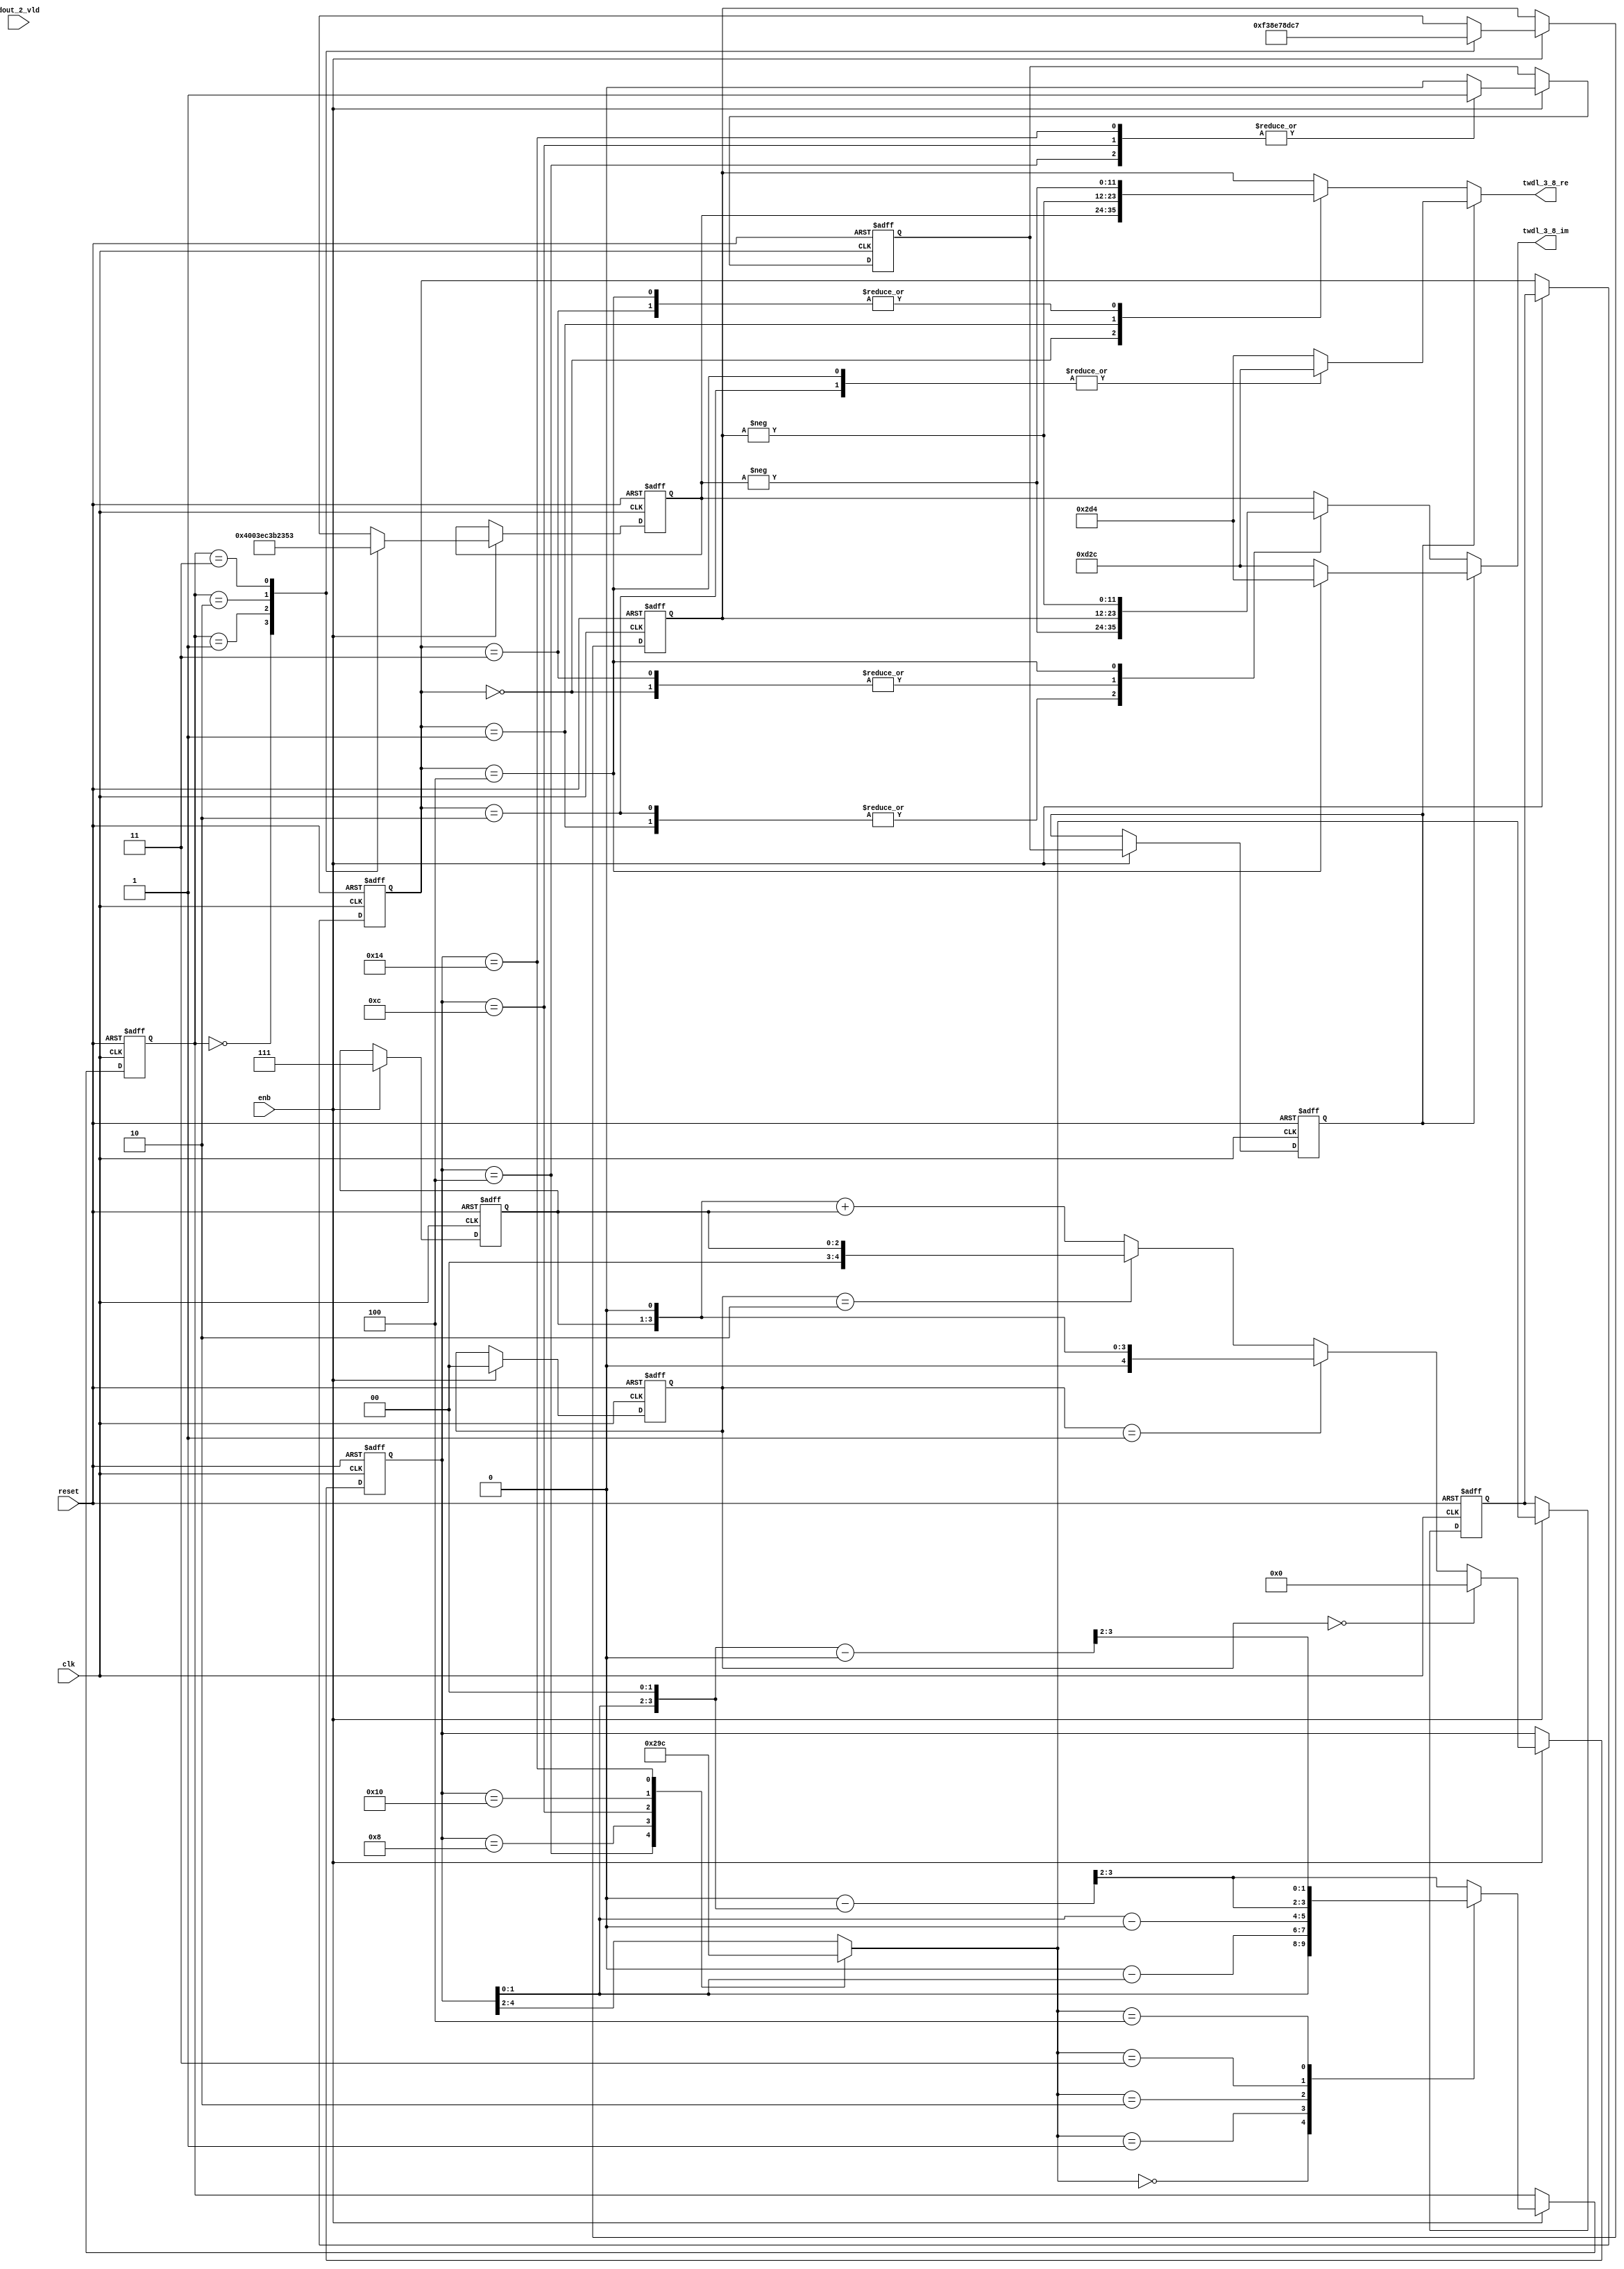
// -------------------------------------------------------------
// 
// 
// Generated by MATLAB 9.14 and HDL Coder 4.1
// 
// -------------------------------------------------------------


// -------------------------------------------------------------
// 
// Module: TWDLROM_3_8
// Source Path: RSP/RSP/Velocity Processor/Doppler Processing/Doppler Processor/FFT/TWDLROM_3_8
// Hierarchy Level: 5
// 
// -------------------------------------------------------------

`timescale 1 ns / 1 ns

module TWDLROM_3_8
          (clk,
           reset,
           enb,
           dout_2_vld,
           twdl_3_8_re,
           twdl_3_8_im);


  input   clk;
  input   reset;
  input   enb;
  input   dout_2_vld;
  output  signed [11:0] twdl_3_8_re;  // sfix12_En10
  output  signed [11:0] twdl_3_8_im;  // sfix12_En10


  reg [2:0] Radix22TwdlMapping_cnt;  // ufix3
  reg [1:0] Radix22TwdlMapping_phase;  // ufix2
  reg [2:0] Radix22TwdlMapping_octantReg1;  // ufix3
  reg [4:0] Radix22TwdlMapping_twdlAddr_raw;  // ufix5
  reg [1:0] Radix22TwdlMapping_twdlAddrMap;  // ufix2
  reg  Radix22TwdlMapping_twdl45Reg;
  reg  Radix22TwdlMapping_dvldReg1;
  reg  Radix22TwdlMapping_dvldReg2;
  reg [2:0] Radix22TwdlMapping_cnt_next;  // ufix3
  reg [1:0] Radix22TwdlMapping_phase_next;  // ufix2
  reg [2:0] Radix22TwdlMapping_octantReg1_next;  // ufix3
  reg [4:0] Radix22TwdlMapping_twdlAddr_raw_next;  // ufix5
  reg [1:0] Radix22TwdlMapping_twdlAddrMap_next;  // ufix2
  reg  Radix22TwdlMapping_twdl45Reg_next;
  reg  Radix22TwdlMapping_dvldReg1_next;
  reg  Radix22TwdlMapping_dvldReg2_next;
  reg [1:0] twdlAddr;  // ufix2
  reg  twdlAddrVld;
  reg [2:0] twdlOctant;  // ufix3
  reg  twdl45;
  wire signed [11:0] Twiddle_re_table_data [0:3];  // sfix12_En10 [4]
  wire signed [11:0] twiddleS_re;  // sfix12_En10
  reg signed [11:0] twiddleReg_re;  // sfix12_En10
  wire signed [11:0] Twiddle_im_table_data [0:3];  // sfix12_En10 [4]
  wire signed [11:0] twiddleS_im;  // sfix12_En10
  reg signed [11:0] twiddleReg_im;  // sfix12_En10
  reg [2:0] twdlOctantReg;  // ufix3
  reg  twdl45Reg;
  reg signed [11:0] twdl_3_8_re_1;  // sfix12_En10
  reg signed [11:0] twdl_3_8_im_1;  // sfix12_En10
  reg [2:0] Radix22TwdlMapping_octant;  // ufix3
  reg [4:0] Radix22TwdlMapping_cnt_cast;  // ufix5
  reg signed [11:0] Radix22TwdlMapping_sub_cast;  // sfix12_En2
  reg signed [11:0] Radix22TwdlMapping_sub_temp;  // sfix12_En2
  reg signed [6:0] Radix22TwdlMapping_sub_temp_0;  // sfix7
  reg signed [6:0] Radix22TwdlMapping_sub_temp_1;  // sfix7
  reg signed [11:0] Radix22TwdlMapping_sub_cast_0;  // sfix12_En2
  reg signed [11:0] Radix22TwdlMapping_sub_temp_2;  // sfix12_En2
  reg signed [11:0] Radix22TwdlMapping_sub_cast_1;  // sfix12_En2
  reg signed [11:0] Radix22TwdlMapping_sub_temp_3;  // sfix12_En2
  reg [4:0] Radix22TwdlMapping_t_0_0;  // ufix5
  reg signed [6:0] Radix22TwdlMapping_t_1;  // sfix7
  reg signed [6:0] Radix22TwdlMapping_t_2_0;  // sfix7
  reg signed [11:0] Radix22TwdlOctCorr_twdlIn_re;  // sfix12_En10
  reg signed [11:0] Radix22TwdlOctCorr_twdlIn_im;  // sfix12_En10
  reg signed [12:0] Radix22TwdlOctCorr_cast;  // sfix13_En10
  reg signed [12:0] Radix22TwdlOctCorr_cast_0;  // sfix13_En10
  reg signed [12:0] Radix22TwdlOctCorr_cast_1;  // sfix13_En10
  reg signed [12:0] Radix22TwdlOctCorr_cast_2;  // sfix13_En10
  reg signed [12:0] Radix22TwdlOctCorr_cast_3;  // sfix13_En10
  reg signed [12:0] Radix22TwdlOctCorr_cast_4;  // sfix13_En10
  reg signed [12:0] Radix22TwdlOctCorr_cast_5;  // sfix13_En10
  reg signed [12:0] Radix22TwdlOctCorr_cast_6;  // sfix13_En10
  reg signed [12:0] Radix22TwdlOctCorr_cast_7;  // sfix13_En10
  reg signed [12:0] Radix22TwdlOctCorr_cast_8;  // sfix13_En10
  reg signed [12:0] Radix22TwdlOctCorr_cast_9;  // sfix13_En10
  reg signed [12:0] Radix22TwdlOctCorr_cast_10;  // sfix13_En10


  // Radix22TwdlMapping
  always @(posedge clk or posedge reset)
    begin : Radix22TwdlMapping_process
      if (reset == 1'b1) begin
        Radix22TwdlMapping_octantReg1 <= 3'b000;
        Radix22TwdlMapping_twdlAddr_raw <= 5'b00000;
        Radix22TwdlMapping_twdlAddrMap <= 2'b00;
        Radix22TwdlMapping_twdl45Reg <= 1'b0;
        Radix22TwdlMapping_dvldReg1 <= 1'b0;
        Radix22TwdlMapping_dvldReg2 <= 1'b0;
        Radix22TwdlMapping_cnt <= 3'b111;
        Radix22TwdlMapping_phase <= 2'b00;
      end
      else begin
        if (enb) begin
          Radix22TwdlMapping_cnt <= Radix22TwdlMapping_cnt_next;
          Radix22TwdlMapping_phase <= Radix22TwdlMapping_phase_next;
          Radix22TwdlMapping_octantReg1 <= Radix22TwdlMapping_octantReg1_next;
          Radix22TwdlMapping_twdlAddr_raw <= Radix22TwdlMapping_twdlAddr_raw_next;
          Radix22TwdlMapping_twdlAddrMap <= Radix22TwdlMapping_twdlAddrMap_next;
          Radix22TwdlMapping_twdl45Reg <= Radix22TwdlMapping_twdl45Reg_next;
          Radix22TwdlMapping_dvldReg1 <= Radix22TwdlMapping_dvldReg1_next;
          Radix22TwdlMapping_dvldReg2 <= Radix22TwdlMapping_dvldReg2_next;
        end
      end
    end

  always @(Radix22TwdlMapping_cnt, Radix22TwdlMapping_dvldReg1,
       Radix22TwdlMapping_dvldReg2, Radix22TwdlMapping_octantReg1,
       Radix22TwdlMapping_phase, Radix22TwdlMapping_twdl45Reg,
       Radix22TwdlMapping_twdlAddrMap, Radix22TwdlMapping_twdlAddr_raw,
       dout_2_vld) begin
    Radix22TwdlMapping_sub_temp = 12'sb000000000000;
    Radix22TwdlMapping_sub_temp_0 = 7'sb0000000;
    Radix22TwdlMapping_sub_temp_1 = 7'sb0000000;
    Radix22TwdlMapping_sub_temp_2 = 12'sb000000000000;
    Radix22TwdlMapping_sub_temp_3 = 12'sb000000000000;
    Radix22TwdlMapping_sub_cast_1 = 12'sb000000000000;
    Radix22TwdlMapping_t_0_0 = 5'b00000;
    Radix22TwdlMapping_cnt_cast = 5'b00000;
    Radix22TwdlMapping_sub_cast_0 = 12'sb000000000000;
    Radix22TwdlMapping_t_2_0 = 7'sb0000000;
    Radix22TwdlMapping_t_1 = 7'sb0000000;
    Radix22TwdlMapping_sub_cast = 12'sb000000000000;
    Radix22TwdlMapping_dvldReg2_next = Radix22TwdlMapping_dvldReg1;
    Radix22TwdlMapping_dvldReg1_next = dout_2_vld;
    case ( Radix22TwdlMapping_twdlAddr_raw)
      5'b00100 :
        begin
          Radix22TwdlMapping_octant = 3'b000;
          Radix22TwdlMapping_twdl45Reg_next = 1'b1;
        end
      5'b01000 :
        begin
          Radix22TwdlMapping_octant = 3'b001;
          Radix22TwdlMapping_twdl45Reg_next = 1'b0;
        end
      5'b01100 :
        begin
          Radix22TwdlMapping_octant = 3'b010;
          Radix22TwdlMapping_twdl45Reg_next = 1'b1;
        end
      5'b10000 :
        begin
          Radix22TwdlMapping_octant = 3'b011;
          Radix22TwdlMapping_twdl45Reg_next = 1'b0;
        end
      5'b10100 :
        begin
          Radix22TwdlMapping_octant = 3'b100;
          Radix22TwdlMapping_twdl45Reg_next = 1'b1;
        end
      default :
        begin
          Radix22TwdlMapping_octant = Radix22TwdlMapping_twdlAddr_raw[4:2];
          Radix22TwdlMapping_twdl45Reg_next = 1'b0;
        end
    endcase
    Radix22TwdlMapping_octantReg1_next = Radix22TwdlMapping_octant;
    case ( Radix22TwdlMapping_octant)
      3'b000 :
        begin
          Radix22TwdlMapping_twdlAddrMap_next = Radix22TwdlMapping_twdlAddr_raw[1:0];
        end
      3'b001 :
        begin
          Radix22TwdlMapping_t_1 = {2'b0, Radix22TwdlMapping_twdlAddr_raw};
          Radix22TwdlMapping_sub_temp_0 = 7'sb0001000 - Radix22TwdlMapping_t_1;
          Radix22TwdlMapping_twdlAddrMap_next = Radix22TwdlMapping_sub_temp_0[1:0];
        end
      3'b010 :
        begin
          Radix22TwdlMapping_t_2_0 = {2'b0, Radix22TwdlMapping_twdlAddr_raw};
          Radix22TwdlMapping_sub_temp_1 = Radix22TwdlMapping_t_2_0 - 7'sb0001000;
          Radix22TwdlMapping_twdlAddrMap_next = Radix22TwdlMapping_sub_temp_1[1:0];
        end
      3'b011 :
        begin
          Radix22TwdlMapping_sub_cast_0 = {5'b0, {Radix22TwdlMapping_twdlAddr_raw, 2'b00}};
          Radix22TwdlMapping_sub_temp_2 = 12'sb000001000000 - Radix22TwdlMapping_sub_cast_0;
          Radix22TwdlMapping_twdlAddrMap_next = Radix22TwdlMapping_sub_temp_2[3:2];
        end
      3'b100 :
        begin
          Radix22TwdlMapping_sub_cast_1 = {5'b0, {Radix22TwdlMapping_twdlAddr_raw, 2'b00}};
          Radix22TwdlMapping_sub_temp_3 = Radix22TwdlMapping_sub_cast_1 - 12'sb000001000000;
          Radix22TwdlMapping_twdlAddrMap_next = Radix22TwdlMapping_sub_temp_3[3:2];
        end
      default :
        begin
          Radix22TwdlMapping_sub_cast = {5'b0, {Radix22TwdlMapping_twdlAddr_raw, 2'b00}};
          Radix22TwdlMapping_sub_temp = 12'sb000001100000 - Radix22TwdlMapping_sub_cast;
          Radix22TwdlMapping_twdlAddrMap_next = Radix22TwdlMapping_sub_temp[3:2];
        end
    endcase
    if (Radix22TwdlMapping_phase == 2'b00) begin
      Radix22TwdlMapping_twdlAddr_raw_next = 5'b00000;
    end
    else if (Radix22TwdlMapping_phase == 2'b01) begin
      Radix22TwdlMapping_t_0_0 = {2'b0, Radix22TwdlMapping_cnt};
      Radix22TwdlMapping_twdlAddr_raw_next = Radix22TwdlMapping_t_0_0 <<< 8'd1;
    end
    else if (Radix22TwdlMapping_phase == 2'b10) begin
      Radix22TwdlMapping_twdlAddr_raw_next = {2'b0, Radix22TwdlMapping_cnt};
    end
    else begin
      Radix22TwdlMapping_cnt_cast = {2'b0, Radix22TwdlMapping_cnt};
      Radix22TwdlMapping_twdlAddr_raw_next = (Radix22TwdlMapping_cnt_cast <<< 8'd1) + Radix22TwdlMapping_cnt_cast;
    end
    Radix22TwdlMapping_phase_next = 2'b00;
    Radix22TwdlMapping_cnt_next = 3'b111;
    twdlAddr = Radix22TwdlMapping_twdlAddrMap;
    twdlAddrVld = Radix22TwdlMapping_dvldReg2;
    twdlOctant = Radix22TwdlMapping_octantReg1;
    twdl45 = Radix22TwdlMapping_twdl45Reg;
  end



  // Twiddle ROM1
  assign Twiddle_re_table_data[0] = 12'sb010000000000;
  assign Twiddle_re_table_data[1] = 12'sb001111101100;
  assign Twiddle_re_table_data[2] = 12'sb001110110010;
  assign Twiddle_re_table_data[3] = 12'sb001101010011;
  assign twiddleS_re = Twiddle_re_table_data[twdlAddr];



  always @(posedge clk or posedge reset)
    begin : TWIDDLEROM_RE_process
      if (reset == 1'b1) begin
        twiddleReg_re <= 12'sb000000000000;
      end
      else begin
        if (enb) begin
          twiddleReg_re <= twiddleS_re;
        end
      end
    end



  // Twiddle ROM2
  assign Twiddle_im_table_data[0] = 12'sb000000000000;
  assign Twiddle_im_table_data[1] = 12'sb111100111000;
  assign Twiddle_im_table_data[2] = 12'sb111001111000;
  assign Twiddle_im_table_data[3] = 12'sb110111000111;
  assign twiddleS_im = Twiddle_im_table_data[twdlAddr];



  always @(posedge clk or posedge reset)
    begin : TWIDDLEROM_IM_process
      if (reset == 1'b1) begin
        twiddleReg_im <= 12'sb000000000000;
      end
      else begin
        if (enb) begin
          twiddleReg_im <= twiddleS_im;
        end
      end
    end



  always @(posedge clk or posedge reset)
    begin : intdelay_process
      if (reset == 1'b1) begin
        twdlOctantReg <= 3'b000;
      end
      else begin
        if (enb) begin
          twdlOctantReg <= twdlOctant;
        end
      end
    end



  always @(posedge clk or posedge reset)
    begin : intdelay_1_process
      if (reset == 1'b1) begin
        twdl45Reg <= 1'b0;
      end
      else begin
        if (enb) begin
          twdl45Reg <= twdl45;
        end
      end
    end



  // Radix22TwdlOctCorr
  always @(twdl45Reg, twdlOctantReg, twiddleReg_im, twiddleReg_re) begin
    Radix22TwdlOctCorr_cast_0 = 13'sb0000000000000;
    Radix22TwdlOctCorr_cast_2 = 13'sb0000000000000;
    Radix22TwdlOctCorr_cast_4 = 13'sb0000000000000;
    Radix22TwdlOctCorr_cast_6 = 13'sb0000000000000;
    Radix22TwdlOctCorr_cast_8 = 13'sb0000000000000;
    Radix22TwdlOctCorr_cast_10 = 13'sb0000000000000;
    Radix22TwdlOctCorr_cast_3 = 13'sb0000000000000;
    Radix22TwdlOctCorr_cast_9 = 13'sb0000000000000;
    Radix22TwdlOctCorr_cast_1 = 13'sb0000000000000;
    Radix22TwdlOctCorr_cast_7 = 13'sb0000000000000;
    Radix22TwdlOctCorr_cast = 13'sb0000000000000;
    Radix22TwdlOctCorr_cast_5 = 13'sb0000000000000;
    Radix22TwdlOctCorr_twdlIn_re = twiddleReg_re;
    Radix22TwdlOctCorr_twdlIn_im = twiddleReg_im;
    if (twdl45Reg) begin
      case ( twdlOctantReg)
        3'b000 :
          begin
            Radix22TwdlOctCorr_twdlIn_re = 12'sb001011010100;
            Radix22TwdlOctCorr_twdlIn_im = 12'sb110100101100;
          end
        3'b010 :
          begin
            Radix22TwdlOctCorr_twdlIn_re = 12'sb110100101100;
            Radix22TwdlOctCorr_twdlIn_im = 12'sb110100101100;
          end
        3'b100 :
          begin
            Radix22TwdlOctCorr_twdlIn_re = 12'sb110100101100;
            Radix22TwdlOctCorr_twdlIn_im = 12'sb001011010100;
          end
        default :
          begin
            Radix22TwdlOctCorr_twdlIn_re = 12'sb001011010100;
            Radix22TwdlOctCorr_twdlIn_im = 12'sb110100101100;
          end
      endcase
    end
    else begin
      case ( twdlOctantReg)
        3'b000 :
          begin
          end
        3'b001 :
          begin
            Radix22TwdlOctCorr_cast = {twiddleReg_im[11], twiddleReg_im};
            Radix22TwdlOctCorr_cast_0 =  - (Radix22TwdlOctCorr_cast);
            Radix22TwdlOctCorr_twdlIn_re = Radix22TwdlOctCorr_cast_0[11:0];
            Radix22TwdlOctCorr_cast_5 = {twiddleReg_re[11], twiddleReg_re};
            Radix22TwdlOctCorr_cast_6 =  - (Radix22TwdlOctCorr_cast_5);
            Radix22TwdlOctCorr_twdlIn_im = Radix22TwdlOctCorr_cast_6[11:0];
          end
        3'b010 :
          begin
            Radix22TwdlOctCorr_twdlIn_re = twiddleReg_im;
            Radix22TwdlOctCorr_cast_7 = {twiddleReg_re[11], twiddleReg_re};
            Radix22TwdlOctCorr_cast_8 =  - (Radix22TwdlOctCorr_cast_7);
            Radix22TwdlOctCorr_twdlIn_im = Radix22TwdlOctCorr_cast_8[11:0];
          end
        3'b011 :
          begin
            Radix22TwdlOctCorr_cast_1 = {twiddleReg_re[11], twiddleReg_re};
            Radix22TwdlOctCorr_cast_2 =  - (Radix22TwdlOctCorr_cast_1);
            Radix22TwdlOctCorr_twdlIn_re = Radix22TwdlOctCorr_cast_2[11:0];
            Radix22TwdlOctCorr_twdlIn_im = twiddleReg_im;
          end
        3'b100 :
          begin
            Radix22TwdlOctCorr_cast_3 = {twiddleReg_re[11], twiddleReg_re};
            Radix22TwdlOctCorr_cast_4 =  - (Radix22TwdlOctCorr_cast_3);
            Radix22TwdlOctCorr_twdlIn_re = Radix22TwdlOctCorr_cast_4[11:0];
            Radix22TwdlOctCorr_cast_9 = {twiddleReg_im[11], twiddleReg_im};
            Radix22TwdlOctCorr_cast_10 =  - (Radix22TwdlOctCorr_cast_9);
            Radix22TwdlOctCorr_twdlIn_im = Radix22TwdlOctCorr_cast_10[11:0];
          end
        default :
          begin
            Radix22TwdlOctCorr_twdlIn_re = twiddleReg_im;
            Radix22TwdlOctCorr_twdlIn_im = twiddleReg_re;
          end
      endcase
    end
    twdl_3_8_re_1 = Radix22TwdlOctCorr_twdlIn_re;
    twdl_3_8_im_1 = Radix22TwdlOctCorr_twdlIn_im;
  end



  assign twdl_3_8_re = twdl_3_8_re_1;

  assign twdl_3_8_im = twdl_3_8_im_1;

endmodule  // TWDLROM_3_8